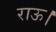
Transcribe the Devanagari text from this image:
राऊ।